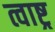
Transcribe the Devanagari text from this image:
त्वाष्ट्र